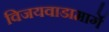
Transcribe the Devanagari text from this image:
विजयवाडामार्गे